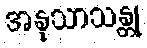
အနုသာသန္တု